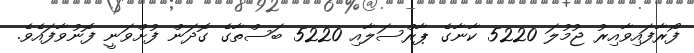
ފޯރާފައިވާއިރު ޖުމުލަ 5220 ކާނާގެ ޕާރްސަލާއި 5220 ބަސްތާގެ ގޮދަން ފުށްވަނީ ފޮނުވާފައެވެ.